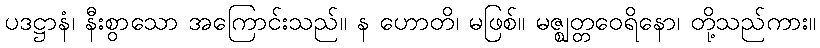
ပဒဋ္ဌာနံ၊ နီးစွာသော အကြောင်းသည်။ န ဟောတိ၊ မဖြစ်။ မဇ္ဈတ္တဝေရိနော၊ တို့သည်ကား။